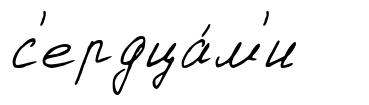
с'ердца́м'и